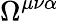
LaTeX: \Omega^{\mu\nu\alpha}